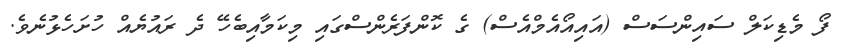
ފޯ މެޑިކަލް ސައިންސަސް (އައިއޯއެމްއެސް) ގެ ކޮންފަރެންސްގައި މިކަމާއިބެހޭ ދެ ރައުޔެއް ހުށަހެޅުނެވެ.